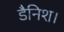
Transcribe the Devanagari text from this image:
डैनिश।